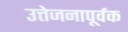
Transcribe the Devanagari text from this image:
उत्तेजनापूर्वक